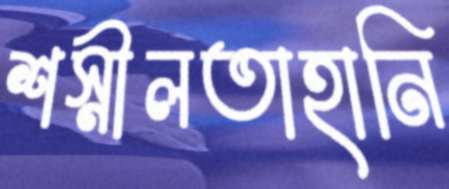
শস্নীলতাহানি